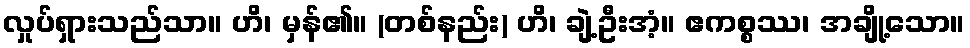
လှုပ်ရှားသည်သာ။ ဟိ၊ မှန်၏။ (တစ်နည်း) ဟိ၊ ချဲ့ဦးအံ့။ ဧကစ္စဿ၊ အချို့သော။